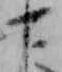
下